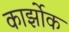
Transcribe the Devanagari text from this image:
कार्झोक